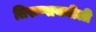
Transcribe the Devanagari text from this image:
तिरुप्पायनीली